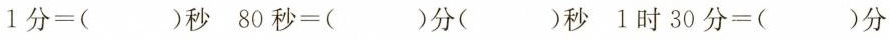
$$1 分 = ( ) 秒$$ $$8 0 秒 = ( ) 分 ( ) 秒$$ $$1 时 3 0 分 = ( ) 分$$